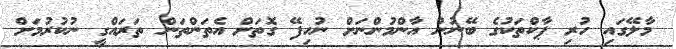
މާލޭގައި ހުރި ޕާކްތަކުގެ ބޭނުން އާންމުންނަށް ނުހިފޭ ގޮތަށް އެތަންތަން ތަރައްގީ ނުކުރުމަށް